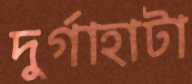
দুর্গাহাটা